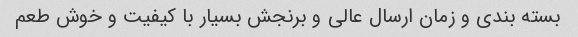
بسته بندی و زمان ارسال عالی و برنجش بسیار با کیفیت و خوش طعم